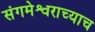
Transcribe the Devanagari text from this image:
संगमेश्वराच्याच